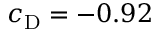
c _ { \mathrm { D } } = - 0 . 9 2